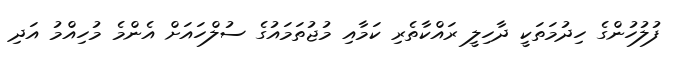
ފުލުހުންގެ ހިދުމަތަކީ ދާހިލީ ރައްކާތެރި ކަމާއި މުޖުތަމައުގެ ސުލްހައަށް އެންމެ މުހިއްމު އަދި